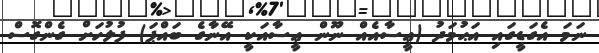
ނަމަ އެގަޑީގައި އަޙުމަދު (ޢީސާއެއް ނޫން ޢީސާއަކީ އޭނާގެ ބައްޕަ) ފުލުހަށް ގެންގޮސް